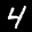
Label: 4